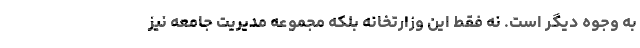
به وجوه دیگر است. نه فقط این وزارتخانه بلکه مجموعه مدیریت جامعه نیز